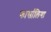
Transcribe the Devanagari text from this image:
फार्सालिया